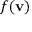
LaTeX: f ( \mathbf { v } )